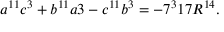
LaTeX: a ^ { 1 1 } c ^ { 3 } + b ^ { 1 1 } a { 3 } - c ^ { 1 1 } b ^ { 3 } = - 7 ^ { 3 } 1 7 R ^ { 1 4 } .